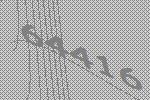
64416